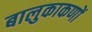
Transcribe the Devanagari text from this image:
बालुकाकणों